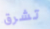
تشرق